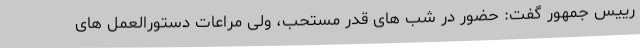
رییس جمهور گفت: حضور در شب های قدر مستحب، ولی مراعات دستورالعمل های